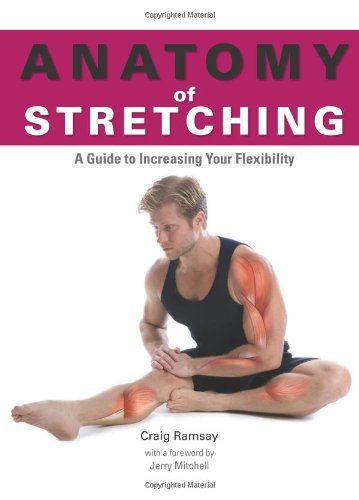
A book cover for Anatomy of Stretching (Anatomies of); Craig Ramsay; Health, Fitness & Dieting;